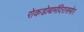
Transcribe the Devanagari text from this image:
रोकडोबामंदिरासमोर